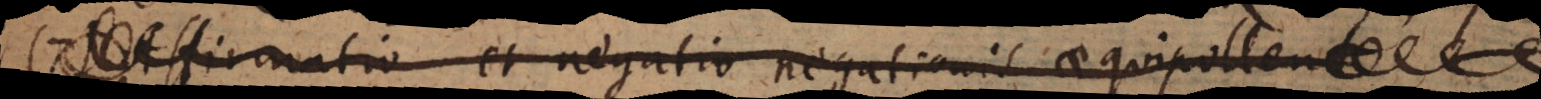
firmatio et negatio negationis aequipollent